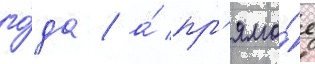
го́да / а́ пр'ямо́е